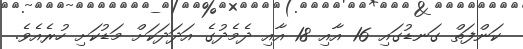
ކަންފަތް ގަނޑުގައި 16 އާއި 18 އާއި ދެމެދުގެ އަދަދަކަށް މަޑުކަށި ހުރެއެވެ.